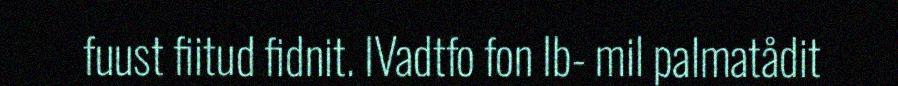
fuust fiitud fidnit. IVadtfo fon Ib- mil palmatådit